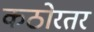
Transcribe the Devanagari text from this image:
कठोरतर